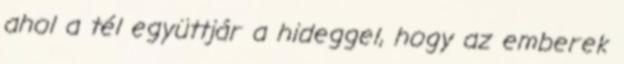
ahol a tél együttjár a hideggel, hogy az emberek